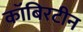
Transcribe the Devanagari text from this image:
कॉबिरटीन